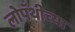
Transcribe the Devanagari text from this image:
लोपॅथीच्या